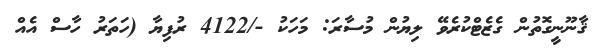
ޤާނޫނީގޮތުން ގެޒެޓްކުރެވޭ ލިޔުން މުސާރަ: މަހަކު -/4122 ރުފިޔާ (ހަތަރު ހާސް އެއް